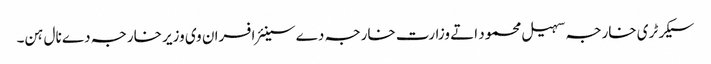
سیکرٹری خارجہ سہیل محمود اتے وزارت خارجہ دے سینئر افسران وی وزیر خارجہ دے نال ہن۔